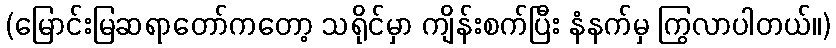
(မြောင်းမြဆရာတော်ကတော့ သရိုင်မှာ ကျိန်းစက်ပြီး နံနက်မှ ကြွလာပါတယ်။)